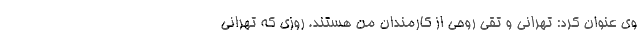
وی عنوان کرد: تهرانی و تقی روحی از کارمندان من هستند. روزی که تهرانی